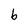
Character: b